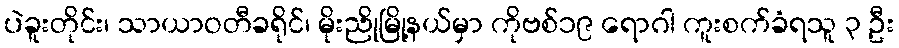
ပဲခူးတိုင်း၊ သာယာဝတီခရိုင်၊ မိုးညိုမြို့နယ်မှာ ကိုဗစ်၁၉ ရောဂါ ကူးစက်ခံရသူ ၃ ဦး